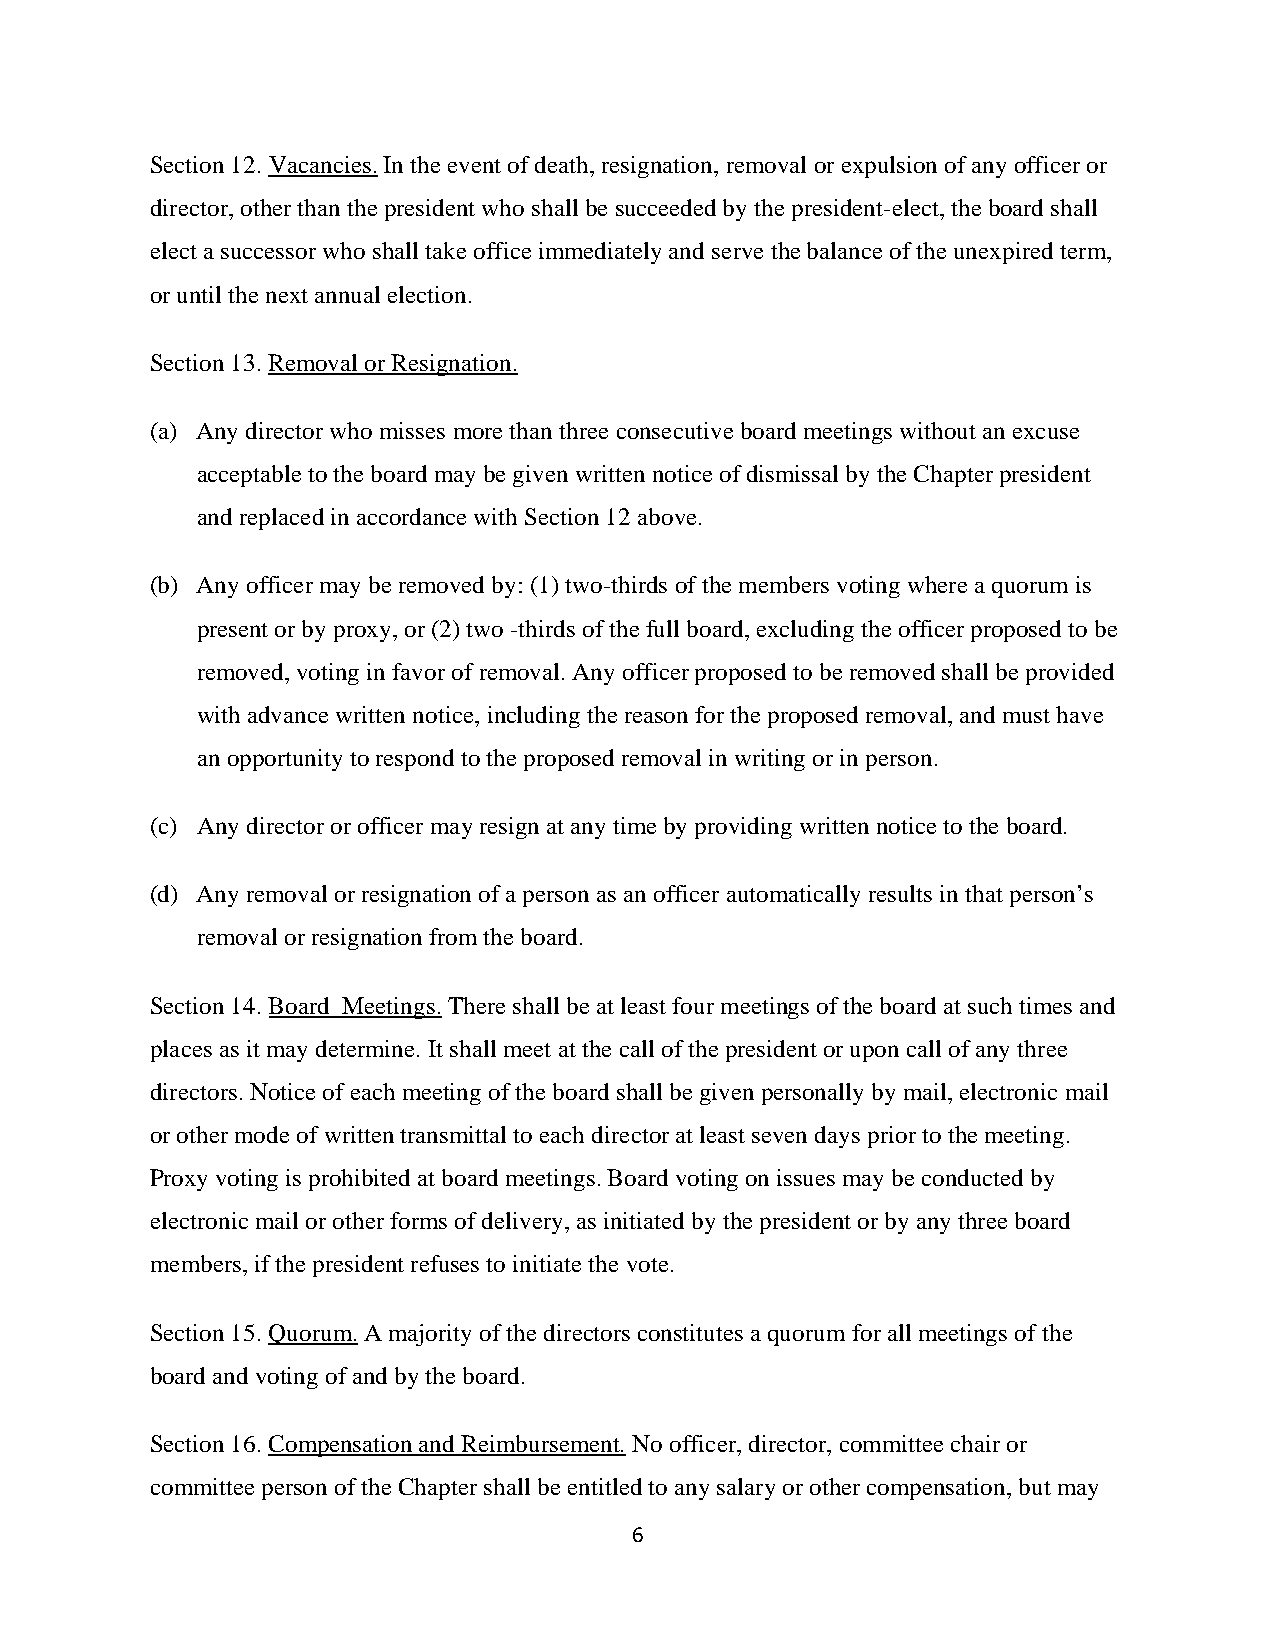
Section 12. Vacancies. In the event of death, resignation, removal or expulsion of any officer or
 director, other than the president who shall be succeeded by the president-elect, the board shall
 elect a successor who shall take office immediately and serve the balance of the unexpired term,
 or until the next annual election.
 Section 13. Removal or Resignation.
 (a) Any director who misses more than three consecutive board meetings without an excuse
 acceptable to the board may be given written notice of dismissal by the Chapter president
 and replaced in accordance with Section 12 above.
 (b) Any officer may be removed by: (1) two-thirds of the members voting where a quorum is
 present or by proxy, or (2) two -thirds of the full board, excluding the officer proposed to be
 removed, voting in favor of removal. Any officer proposed to be removed shall be provided
 with advance written notice, including the reason for the proposed removal, and must have
 an opportunity to respond to the proposed removal in writing or in person.
 (c) Any director or officer may resign at any time by providing written notice to the board.
 (d) Any removal or resignation of a person as an officer automatically results in that person’s
 removal or resignation from the board.
 Section 14. Board Meetings. There shall be at least four meetings of the board at such times and
 places as it may determine. It shall meet at the call of the president or upon call of any three
 directors. Notice of each meeting of the board shall be given personally by mail, electronic mail
 or other mode of written transmittal to each director at least seven days prior to the meeting.
 Proxy voting is prohibited at board meetings. Board voting on issues may be conducted by
 electronic mail or other forms of delivery, as initiated by the president or by any three board
 members, if the president refuses to initiate the vote.
 Section 15. Quorum. A majority of the directors constitutes a quorum for all meetings of the
 board and voting of and by the board.
 Section 16. Compensation and Reimbursement. No officer, director, committee chair or
 committee person of the Chapter shall be entitled to any salary or other compensation, but may
 6